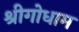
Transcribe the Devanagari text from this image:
श्रीगोधाम